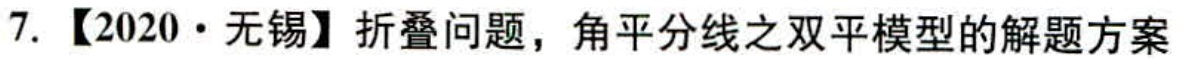
7. 【2020·无锡】折叠问题，角平分线之双平模型的解题方案